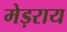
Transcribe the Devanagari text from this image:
मेड़राय